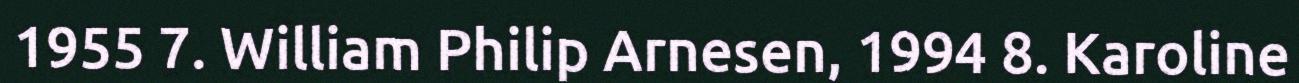
1955 7. William Philip Arnesen, 1994 8. Karoline